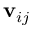
\mathbf { v } _ { i j }